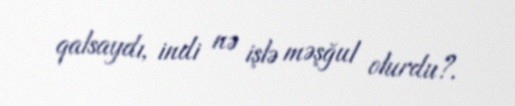
qalsaydı, indi nə işlə məşğul olurdu?.